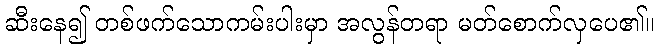
ဆီးနေ၍ တစ်ဖက်သောကမ်းပါးမှာ အလွန်တရာ မတ်စောက်လှပေ၏။